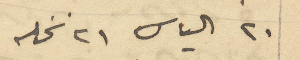
20 الياس 21 نخله